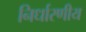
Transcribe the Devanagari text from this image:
निर्धारणीय